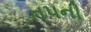
તપની